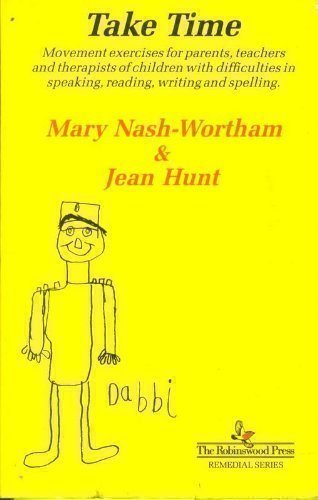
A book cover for Take Time: Movement Exercises for Parents, Teachers and Therapists of Children with Difficulties in Speaking, Reading, Writing and Spelling (Remedial series); Mary Nash-Wortham; Parenting & Relationships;